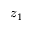
z _ { 1 }